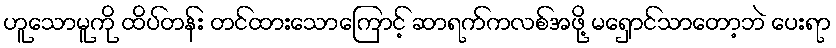
ဟူသောမူကို ထိပ်တန်း တင်ထားသောကြောင့် ဆာရက်ကလစ်အဖို့ မရှောင်သာတော့ဘဲ ပေးရာ